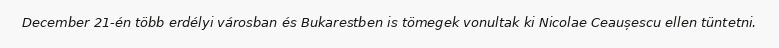
December 21-én több erdélyi városban és Bukarestben is tömegek vonultak ki Nicolae Ceaușescu ellen tüntetni.